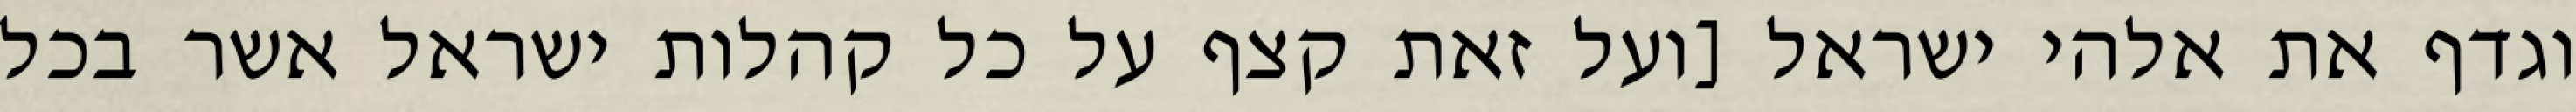
וגדף את אלהי ישראל [ועל זאת קצף על כל קהלות ישראל אשר בכל